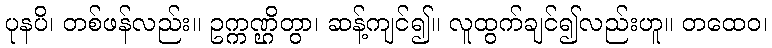
ပုနပိ၊ တစ်ဖန်လည်း။ ဥက္ကဏ္ဌိတွာ၊ ဆန့်ကျင်၍။ လူထွက်ချင်၍လည်းဟူ။ တထေဝ၊